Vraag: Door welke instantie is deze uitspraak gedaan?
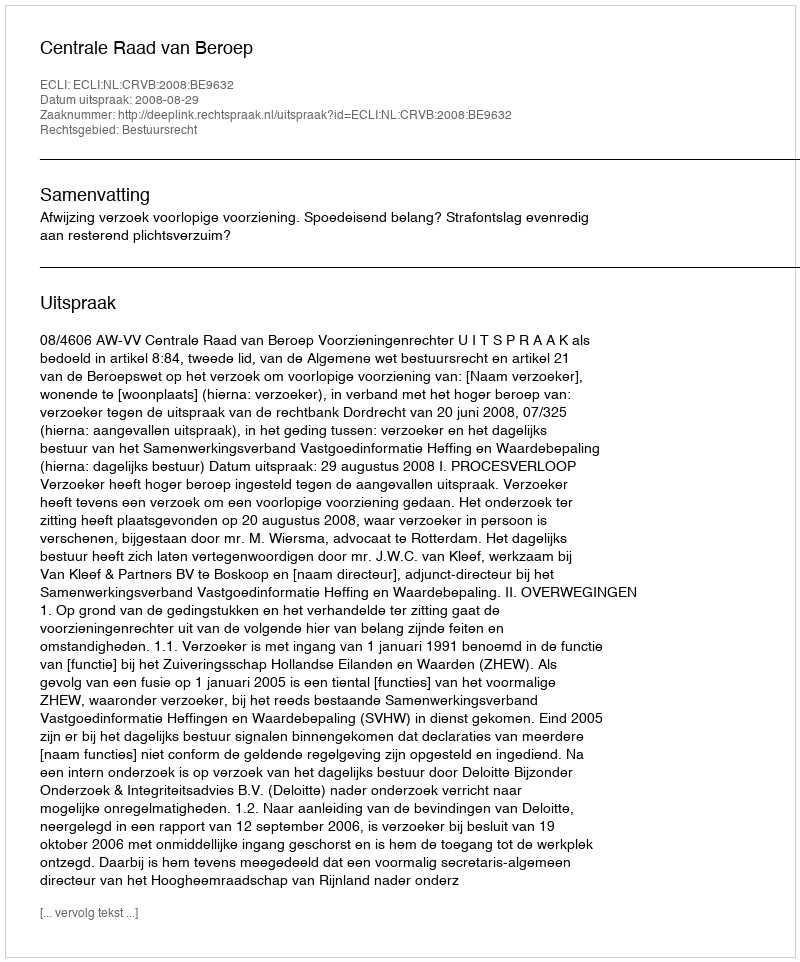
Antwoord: Centrale Raad van Beroep